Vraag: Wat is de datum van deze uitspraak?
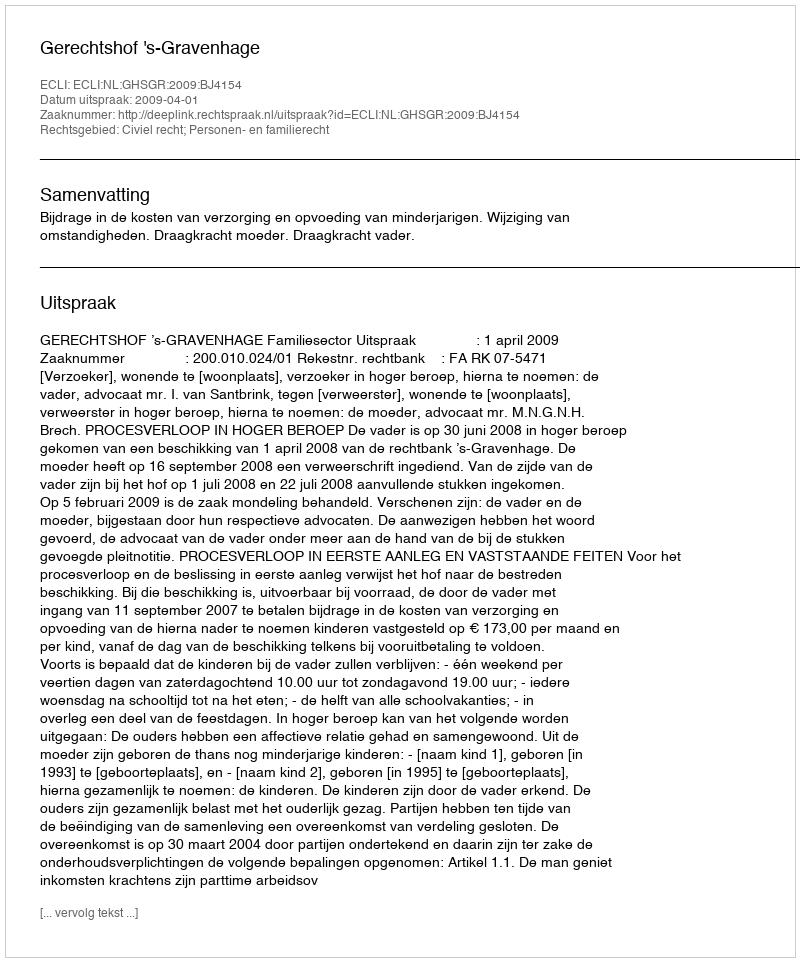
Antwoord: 2009-04-01